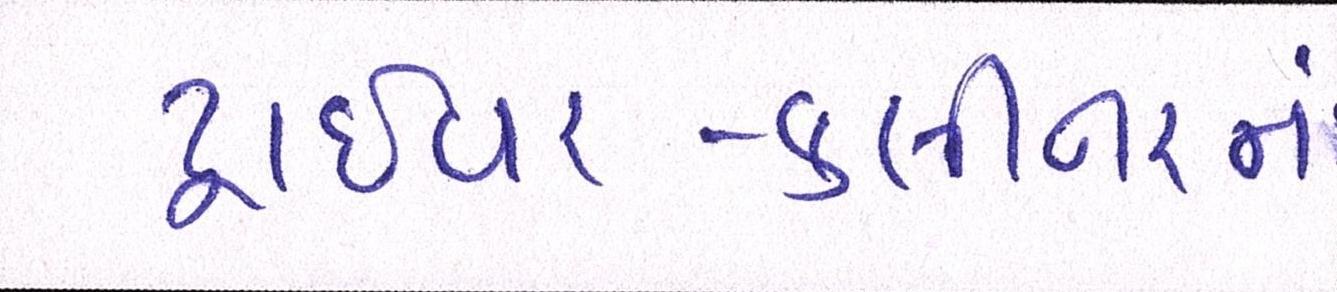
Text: ડ્રાઈવર-ક્લીનરનાં